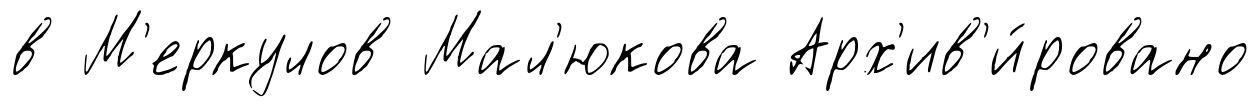
в М'еркулов Мал'юкова Арх'ив'и́ровано